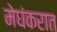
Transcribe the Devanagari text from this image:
मेघंकरात